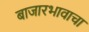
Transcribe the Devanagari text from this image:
बाजारभावाचा